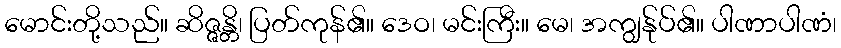
မောင်းတို့သည်။ ဆိဇ္ဇန္တိ၊ ပြတ်ကုန်၏။ ဒေဝ၊ မင်းကြီး။ မေ၊ အကျွန်ုပ်၏။ ပါဏာပါဏံ၊